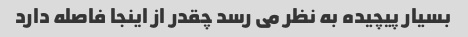
بسیار پیچیده به نظر می رسد چقدر از اینجا فاصله دارد